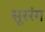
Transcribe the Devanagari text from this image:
सूररंग